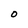
Character: O